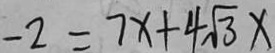
- 2 = 7 x + 4 \sqrt { 3 } x